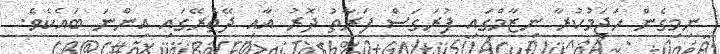
ނިމިގެން ހަޖަމުކުރާ ނިޒާމްގައި ފުރަގަސް ފަރާތު ދޮރު އާއި ދޭތެރޭގައި އިންނަ ބައެކެވެ.